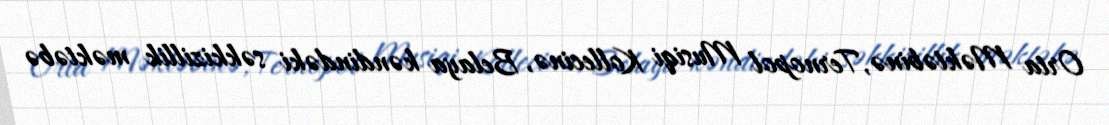
Orta Məktəbinə, Ternopol Musiqi Kollecinə, Belaya kəndindəki səkkizillik məktəbə